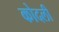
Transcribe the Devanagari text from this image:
कोदली